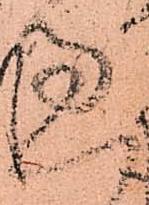
過